kultuurilooline_kollektsioon, lk 24
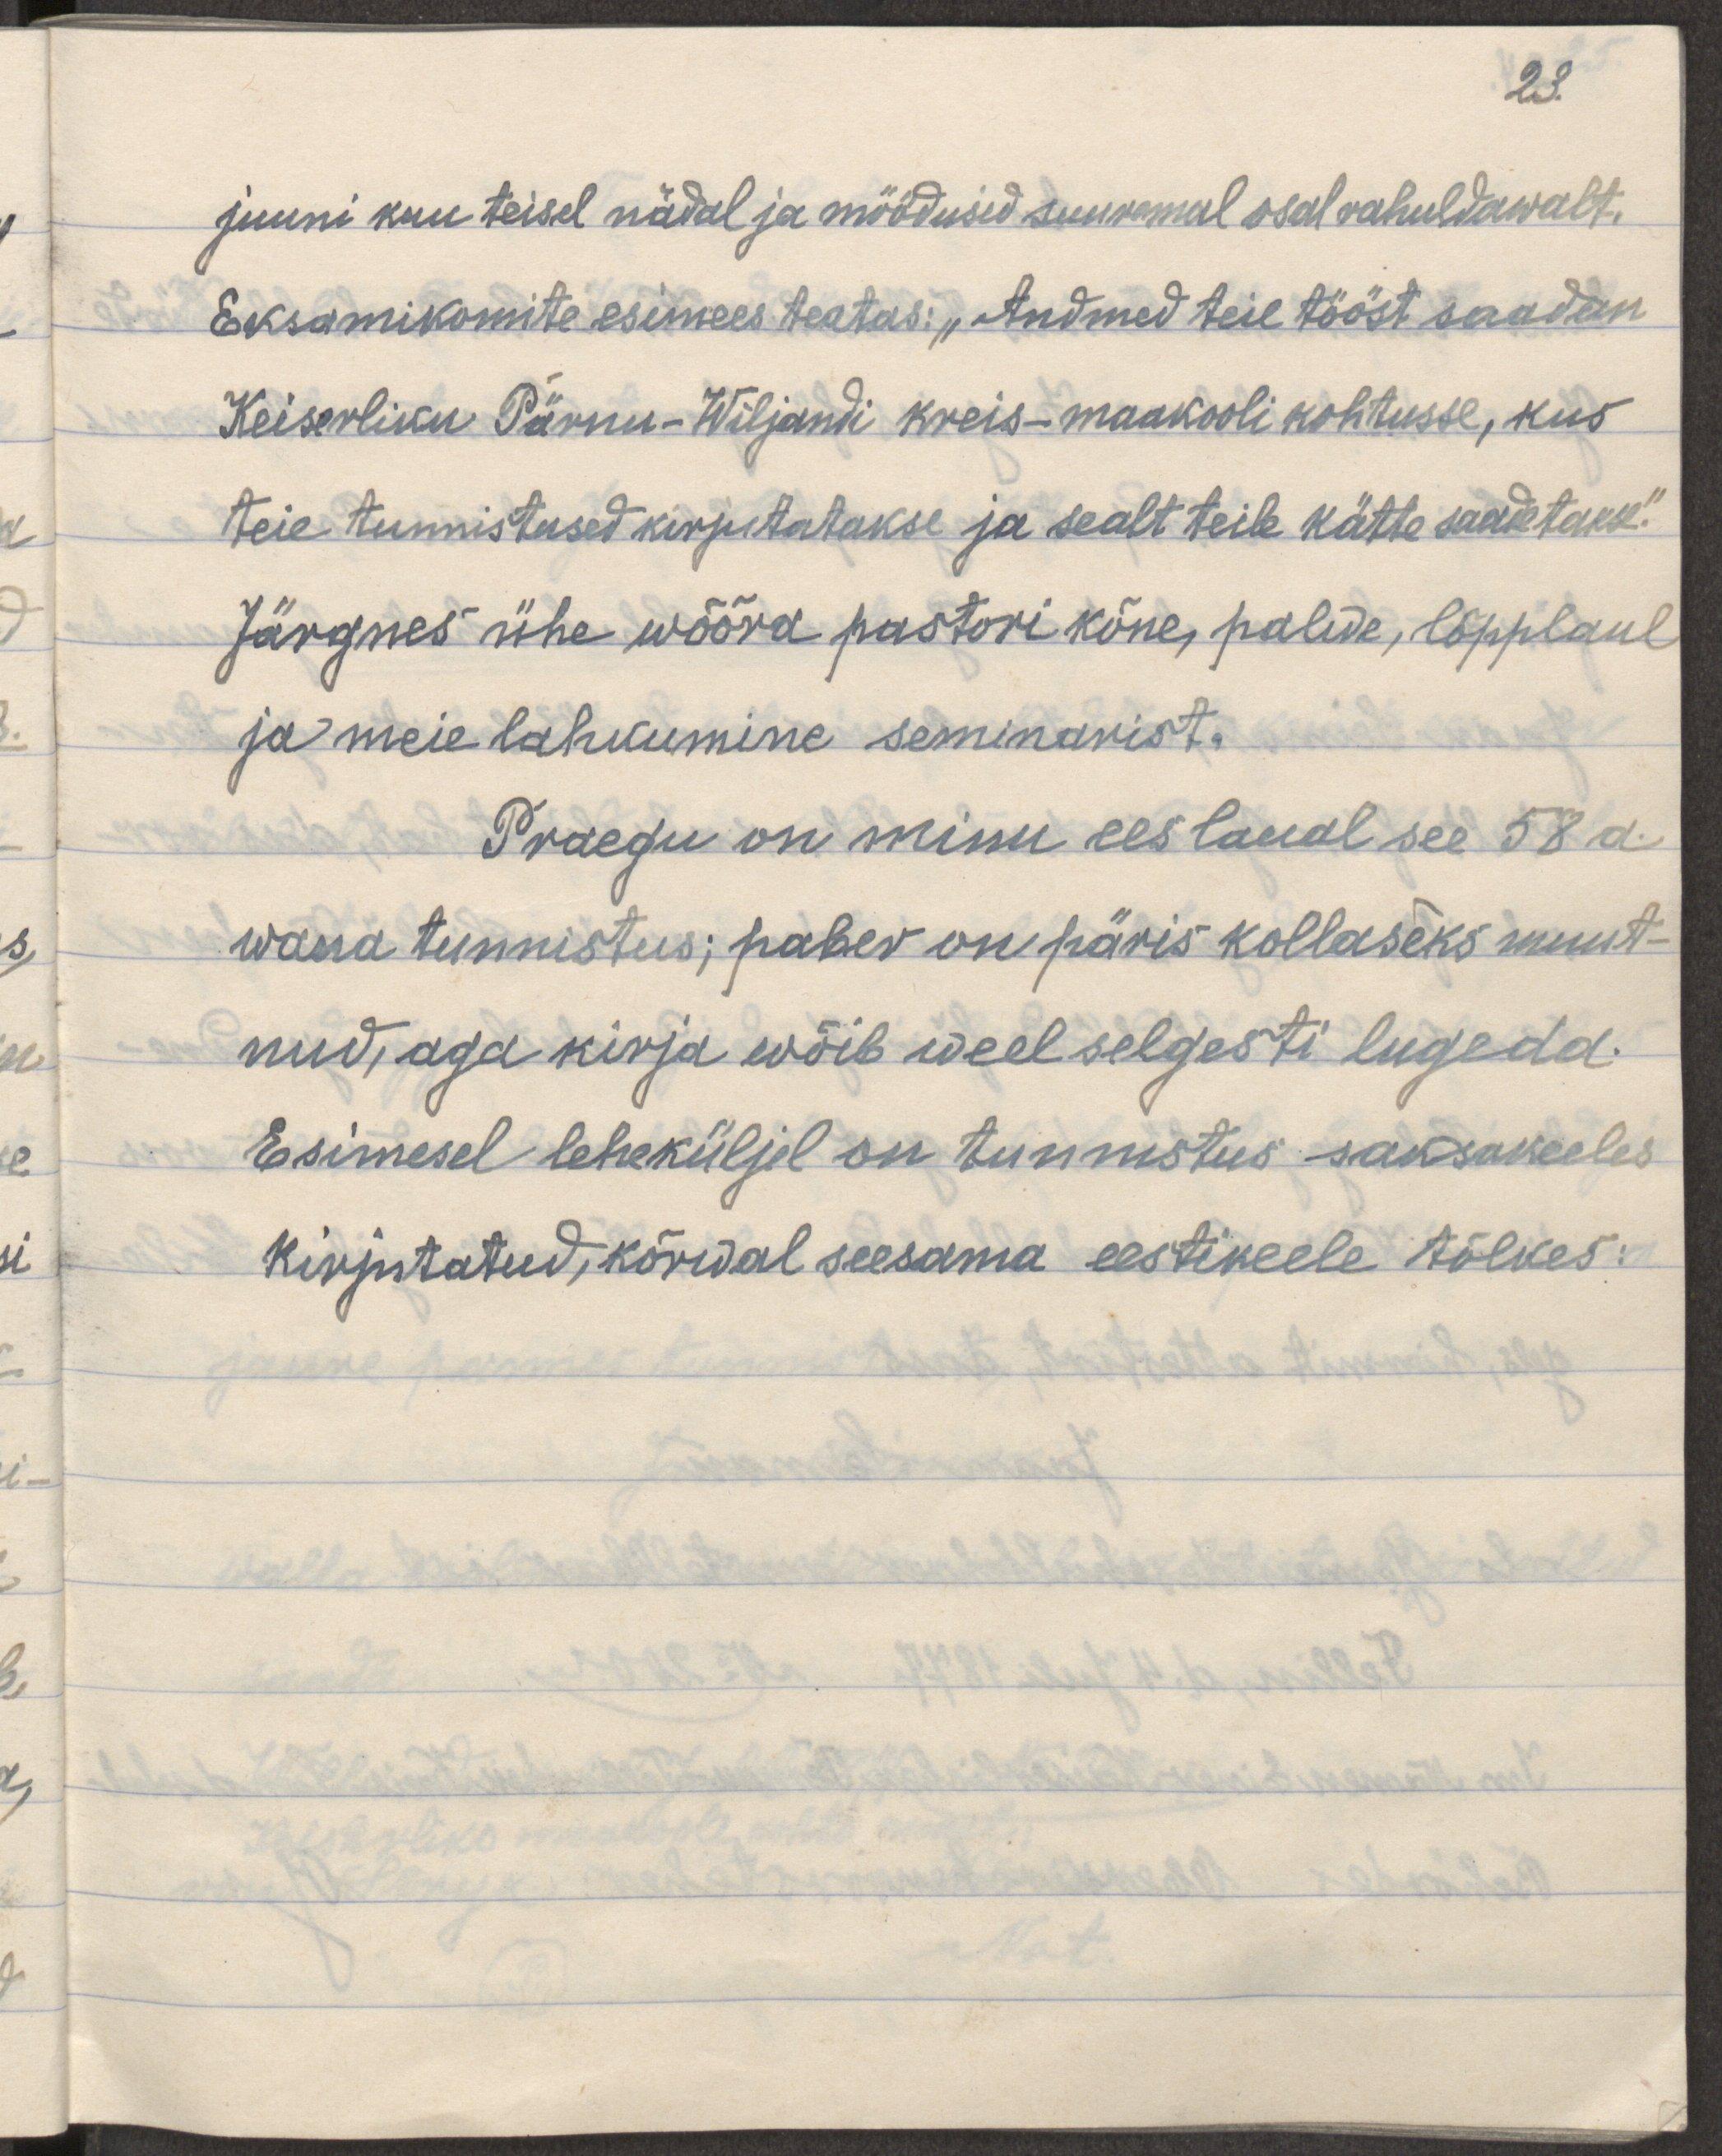
23.
juuni kuu teisel nädal ja möödusid suuremal osal rahuldawalt.
Eksamikomite esimees teatas: "Andmed teie tööst saadan
Keiserliku Pärnu-Wiljandi kreis-maakooli kohtusse, kus
teie tunnistused kirjutatakse ja sealt teile kätte saadetakse."
Järgnes ühe wõõra pastori kõne, palwe, lõpplaul
ja meie lahkusime seminarist.
Praegu on minu ees laual see 58 a.
wana tunnistus; paber on päris kollaseks muut-
nud, aga kirja wõib weel selgesti lugeda.
Esimesel leheküljel on tunnistus saksakeeles
kirjutatud, kõrwal seesama eestikeele tõlkes: